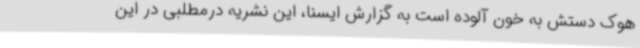
هوک دستش به خون آلوده است به گزارش ایسنا، این نشریه درمطلبی در این